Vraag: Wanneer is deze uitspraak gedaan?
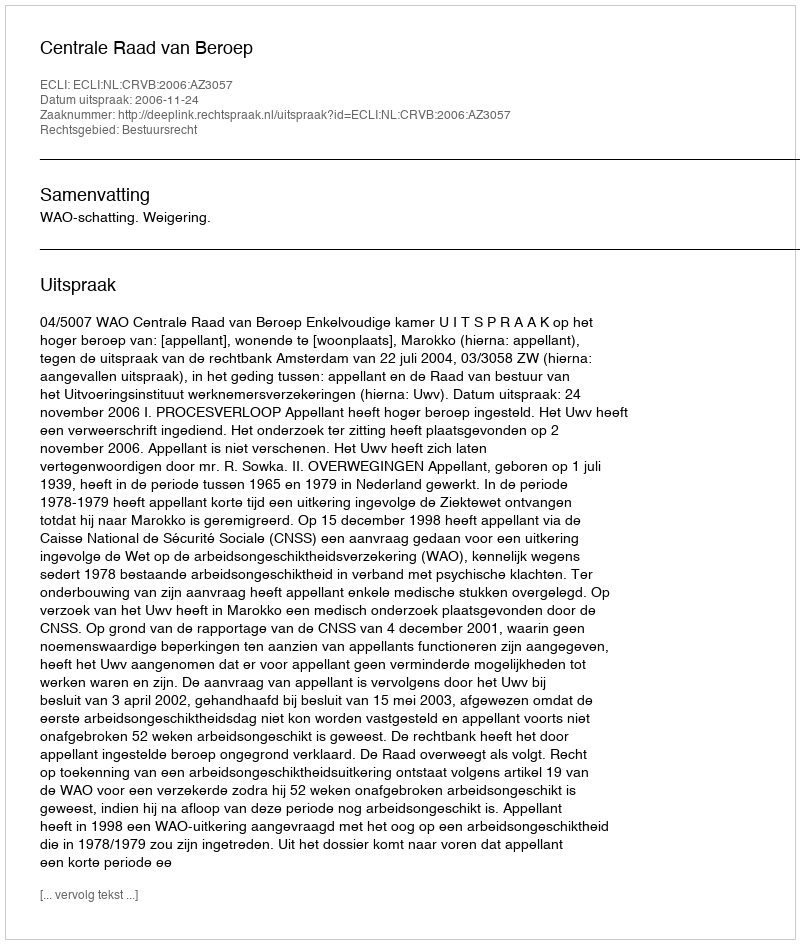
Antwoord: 2006-11-24